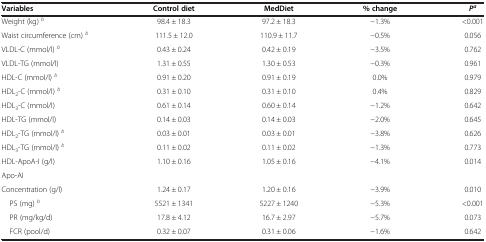
<table><thead><tr><td><b>Variables</b></td><td><b>Control diet</b></td><td><b>MedDiet</b></td><td><b>% change</b></td><td><b><i>P</i><sup><i>a</i></sup></b></td></tr></thead><tbody><tr><td>Weight (kg) <sup><i>b</i></sup></td><td>98.4 ± 18.3</td><td>97.2 ± 18.3</td><td>−1.3%</td><td>&lt;0.001</td></tr><tr><td>Waist circumference (cm) <sup><i>b</i></sup></td><td>111.5 ± 12.0</td><td>110.9 ± 11.7</td><td>−0.5%</td><td>0.056</td></tr><tr><td>VLDL-C (mmol/l) <sup><i>b</i></sup></td><td>0.43 ± 0.24</td><td>0.42 ± 0.19</td><td>−3.5%</td><td>0.762</td></tr><tr><td>VLDL-TG (mmol/l)</td><td>1.31 ± 0.55</td><td>1.30 ± 0.53</td><td>−0.3%</td><td>0.961</td></tr><tr><td>HDL-C (mmol/l) <sup><i>b</i></sup></td><td>0.91 ± 0.20</td><td>0.91 ± 0.19</td><td>0.0%</td><td>0.979</td></tr><tr><td>HDL<sub>2</sub>-C (mmol/l) <sup><i>b</i></sup></td><td>0.31 ± 0.10</td><td>0.31 ± 0.10</td><td>0.4%</td><td>0.829</td></tr><tr><td>HDL<sub>3</sub>-C (mmol/l)</td><td>0.61 ± 0.14</td><td>0.60 ± 0.14</td><td>−1.2%</td><td>0.642</td></tr><tr><td>HDL-TG (mmol/l)</td><td>0.14 ± 0.03</td><td>0.14 ± 0.03</td><td>−2.0%</td><td>0.645</td></tr><tr><td>HDL<sub>2</sub>-TG (mmol/l) <sup><i>b</i></sup></td><td>0.03 ± 0.01</td><td>0.03 ± 0.01</td><td>−3.8%</td><td>0.626</td></tr><tr><td>HDL<sub>3</sub>-TG (mmol/l) <sup><i>b</i></sup></td><td>0.11 ± 0.02</td><td>0.11 ± 0.02</td><td>−1.3%</td><td>0.773</td></tr><tr><td>HDL-ApoA-I (g/l)</td><td>1.10 ± 0.16</td><td>1.05 ± 0.16</td><td>−4.1%</td><td>0.014</td></tr><tr><td>Apo-AI</td><td> </td><td> </td><td> </td><td> </td></tr><tr><td>Concentration (g/l)</td><td>1.24 ± 0.17</td><td>1.20 ± 0.16</td><td>−3.9%</td><td>0.010</td></tr><tr><td> PS (mg) <sup><i>b</i></sup></td><td>5521 ± 1341</td><td>5227 ± 1240</td><td>−5.3%</td><td>&lt;0.001</td></tr><tr><td> PR (mg/kg/d)</td><td>17.8 ± 4.12</td><td>16.7 ± 2.97</td><td>−5.7%</td><td>0.073</td></tr><tr><td> FCR (pool/d)</td><td>0.32 ± 0.07</td><td>0.31 ± 0.06</td><td>−1.6%</td><td>0.642</td></tr></tbody></table>